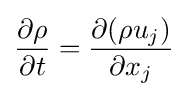
{\frac {\partial \rho }{\partial t}}={\frac {\partial (\rho u_{j})}{\partial x_{j}}}